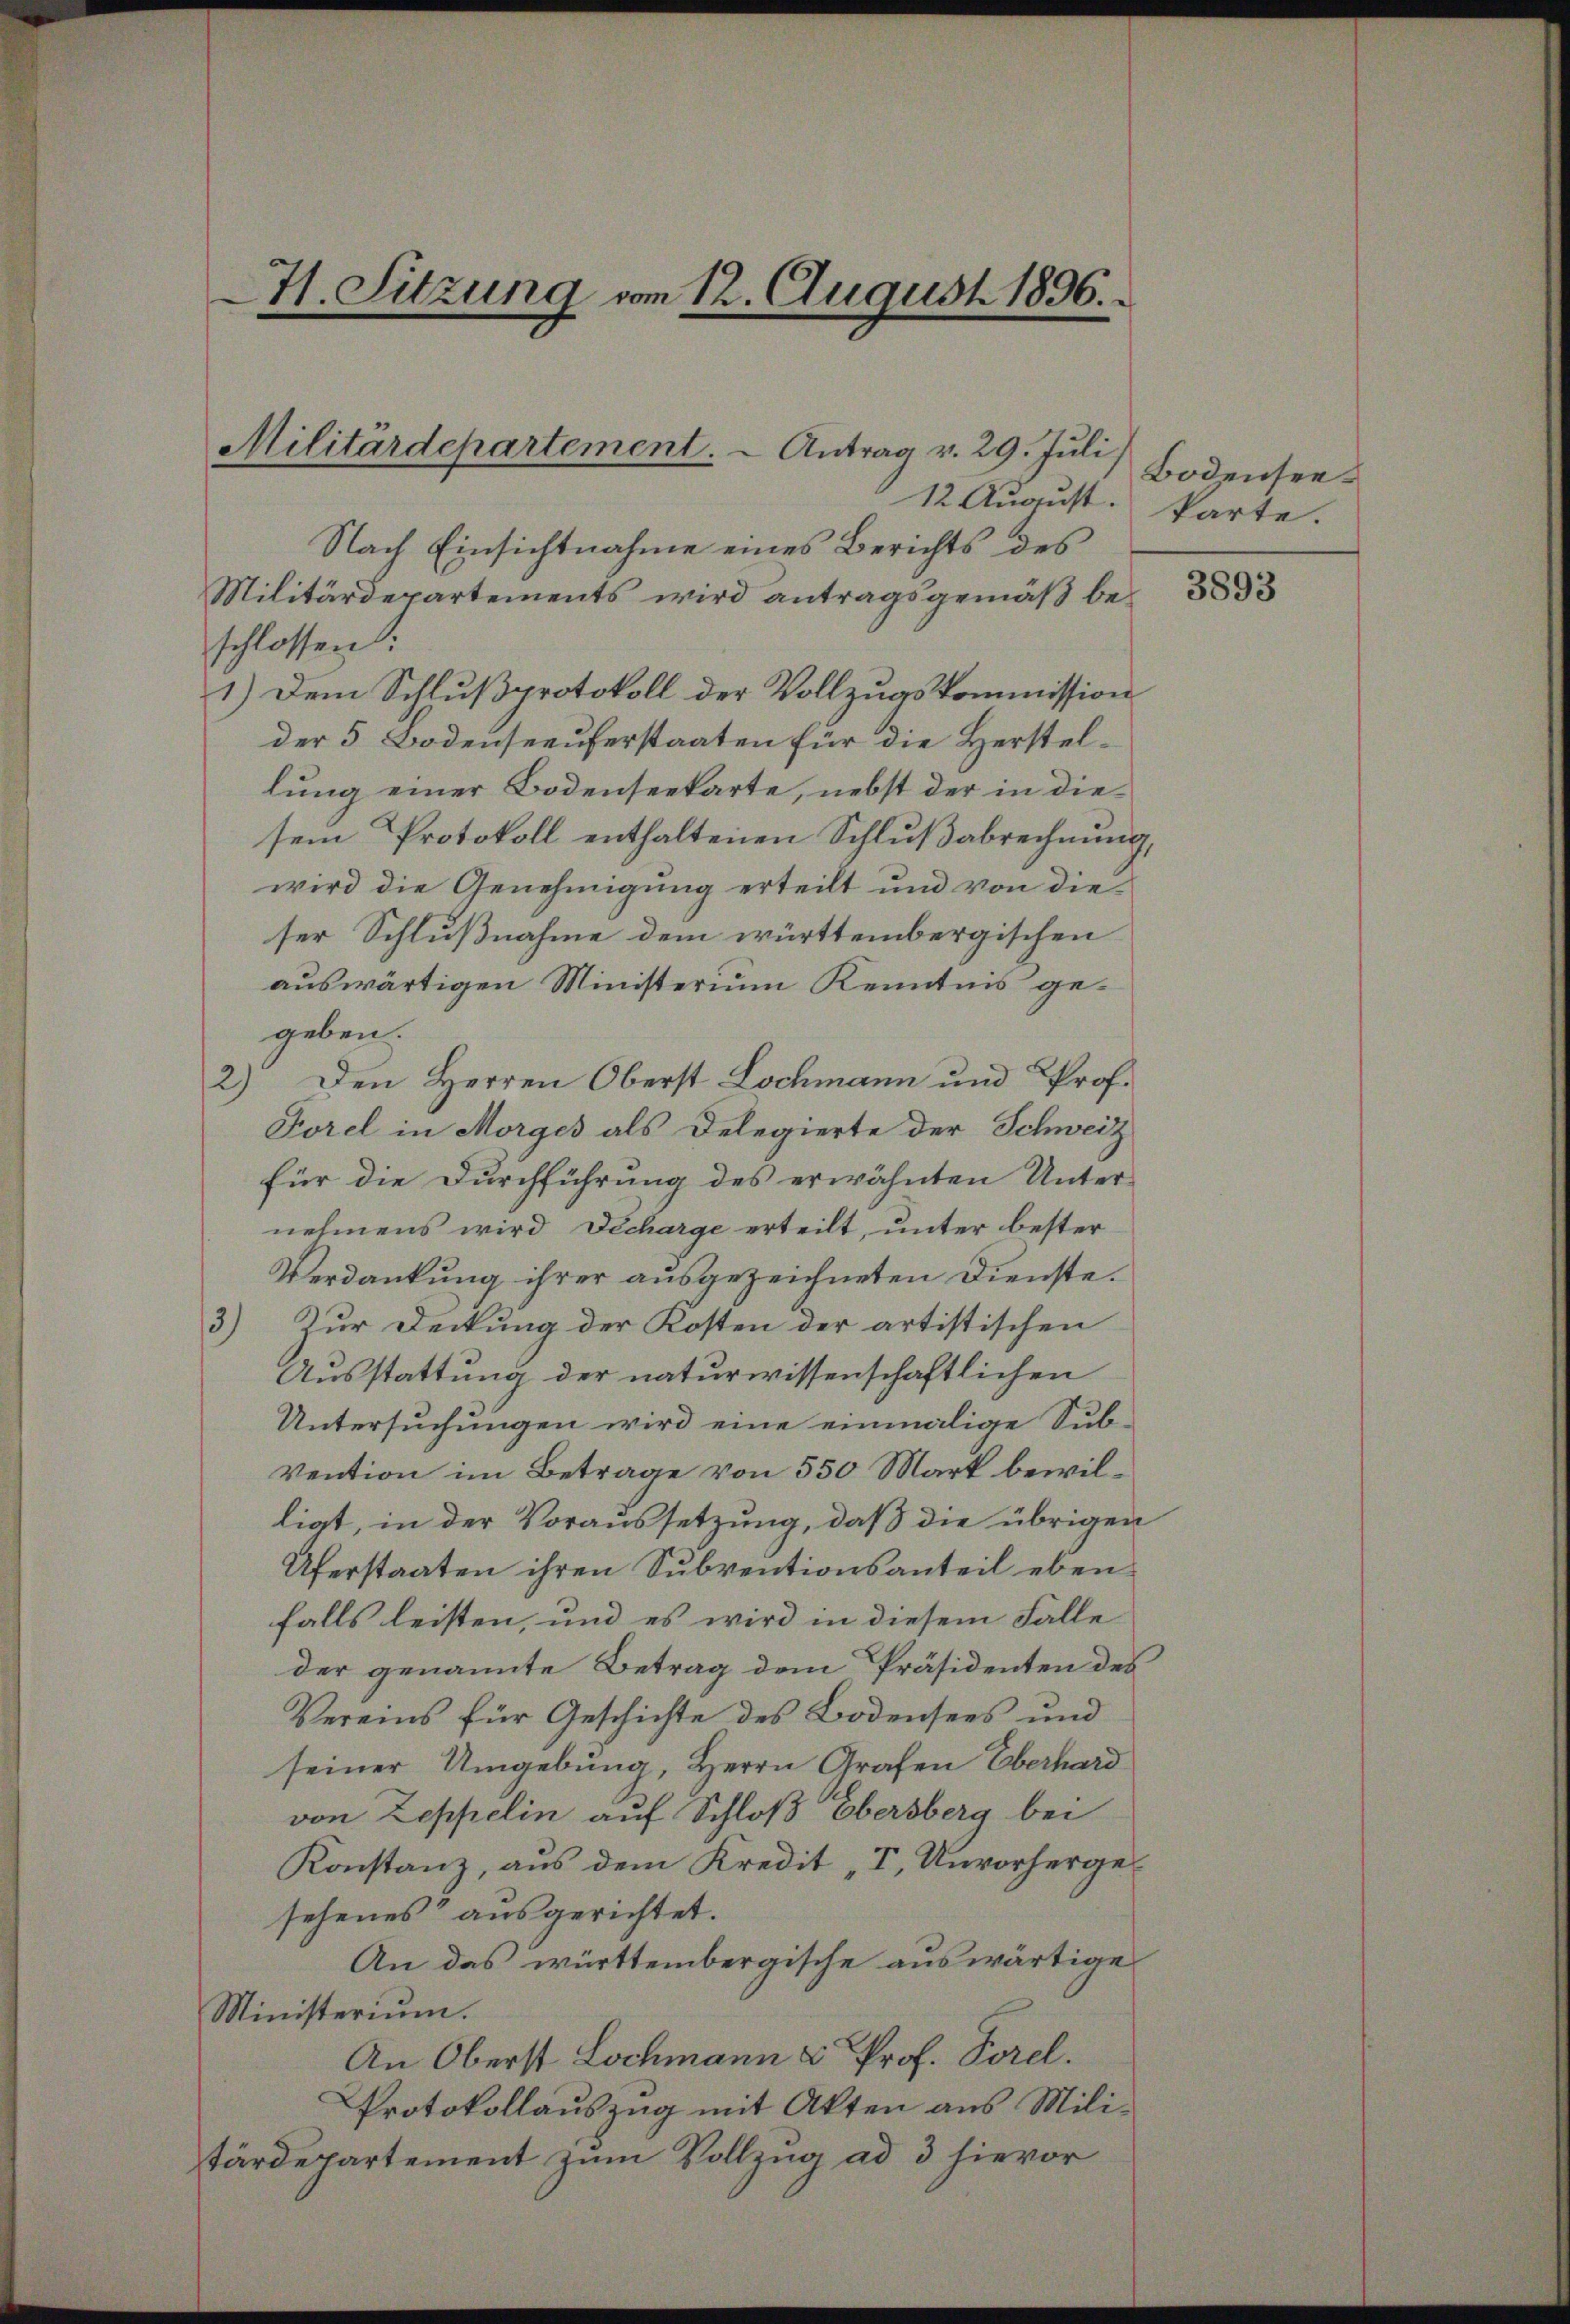
Hl. Sitzung vom 12. August 1896.

Militärdepartement. - Antrag v. 29. Juli

12 August.
Nach Einsichtnahme eines Berichts des
Militärdepartements wird antragsgemäß beschlossen:
1.) Dem Schlußprotokoll der Vollzugskommission
der 5 Bodenseeuferstaaten für die Herstellung einer Bodenseekarte, nebst der in die
sem Protokoll enthaltenen Schlußabrechnung,
wird die Genehmigung erteilt und von dieser Schlußnahme dem württembergischen
auswärtigen Ministerium Kenntnis gegeben.
2) Den Herren Oberst Lochmann und Prof.
Forel in Morges als Delegierte der Schweiz
für die Durchführung des erwähnten Unternehmens wird Decharge erteilt, unter bester
Verdankung ihrer ausgezeichneten Dienste.
3) Zur Deckung der Kosten der artistischen
Ausstattung der naturwissenschaftlichen
Untersuchungen wird eine einmalige Subvention im Betrage von 550 Mark bewilliat, in der Voraussetzung, daß die übrigen
Uferstaaten ihren Subventionsanteil ebenfalls leisten, und es wird in diesem Falle
der genannte Betrag dem Präsidenten des
Vereins für Geschichte des Bodensees und
seiner Umgebung, Herrn Grafen Oberhard
von Zeppelin auf Schloß Ebersberg bei
Konstanz, aus dem Kredit „I, Unvorhergesehenes“ ausgerichtet.
An das württembergische auswärtige
Ministerium.
An Oberst Lochmann & Prof. Porel.
Protokollauszug mit Akten aus Militärdepartement zum Vollzug ad 3 hievor

Bodenseekarte.

3893